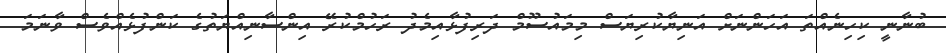
ބުނާނީ ކިހިނެއްތަ އަހަންނަށް އަނިޔާކުރިޔަސް މިމައުސޫމް ދަރިފުޅާއިމެދު ރަހުމްކުރޭ އިންސާނިއްޔަތުގެ ކަންފުޅެއްވެސް ވާނަމަ